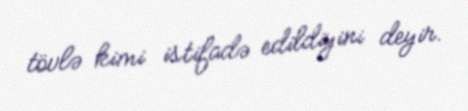
tövlə kimi istifadə edildiyini deyir.